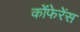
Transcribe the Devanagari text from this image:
कोंफेरेंस